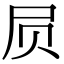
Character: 屃